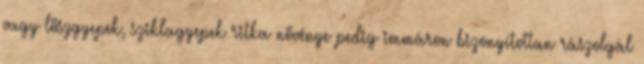
vagy löszgyepek, sziklagyepek ritka növénye pedig immáron bizonyítottan rászolgál